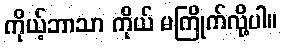
ကိုယ့်ဘာသာ ကိုယ် မကြိုက်လို့ပါ။